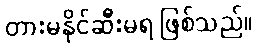
တားမနိုင်ဆီးမရ ဖြစ်သည်။